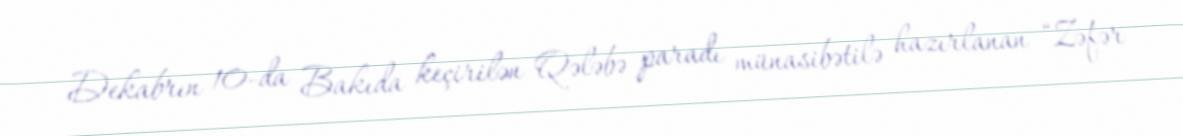
Dekabrın 10-da Bakıda keçirilən Qələbə paradı münasibətilə hazırlanan “Zəfər